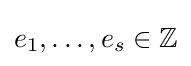
{\textstyle e_{1},\dots ,e_{s}\in \mathbb {Z} }